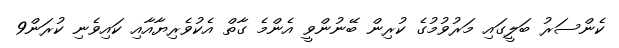
ކެންސަރު ބަލީގައި މަރުވުމުގެ ކުރިން ބޭނުންވީ އެންމެ ގާތް އެކުވެރިޔާއާއި ކައިވެނި ކުރަން9